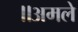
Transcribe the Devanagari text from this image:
॥अमले